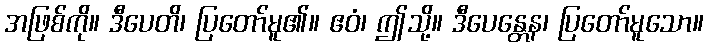
အဖြစ်ကို။ ဒီပေတိ၊ ပြတော်မူ၏။ ဧဝံ၊ ဤသို့။ ဒီပေန္တေန၊ ပြတော်မူသော။